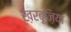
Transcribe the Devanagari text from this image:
ख़रबूज़िया